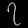
Digit: ၇